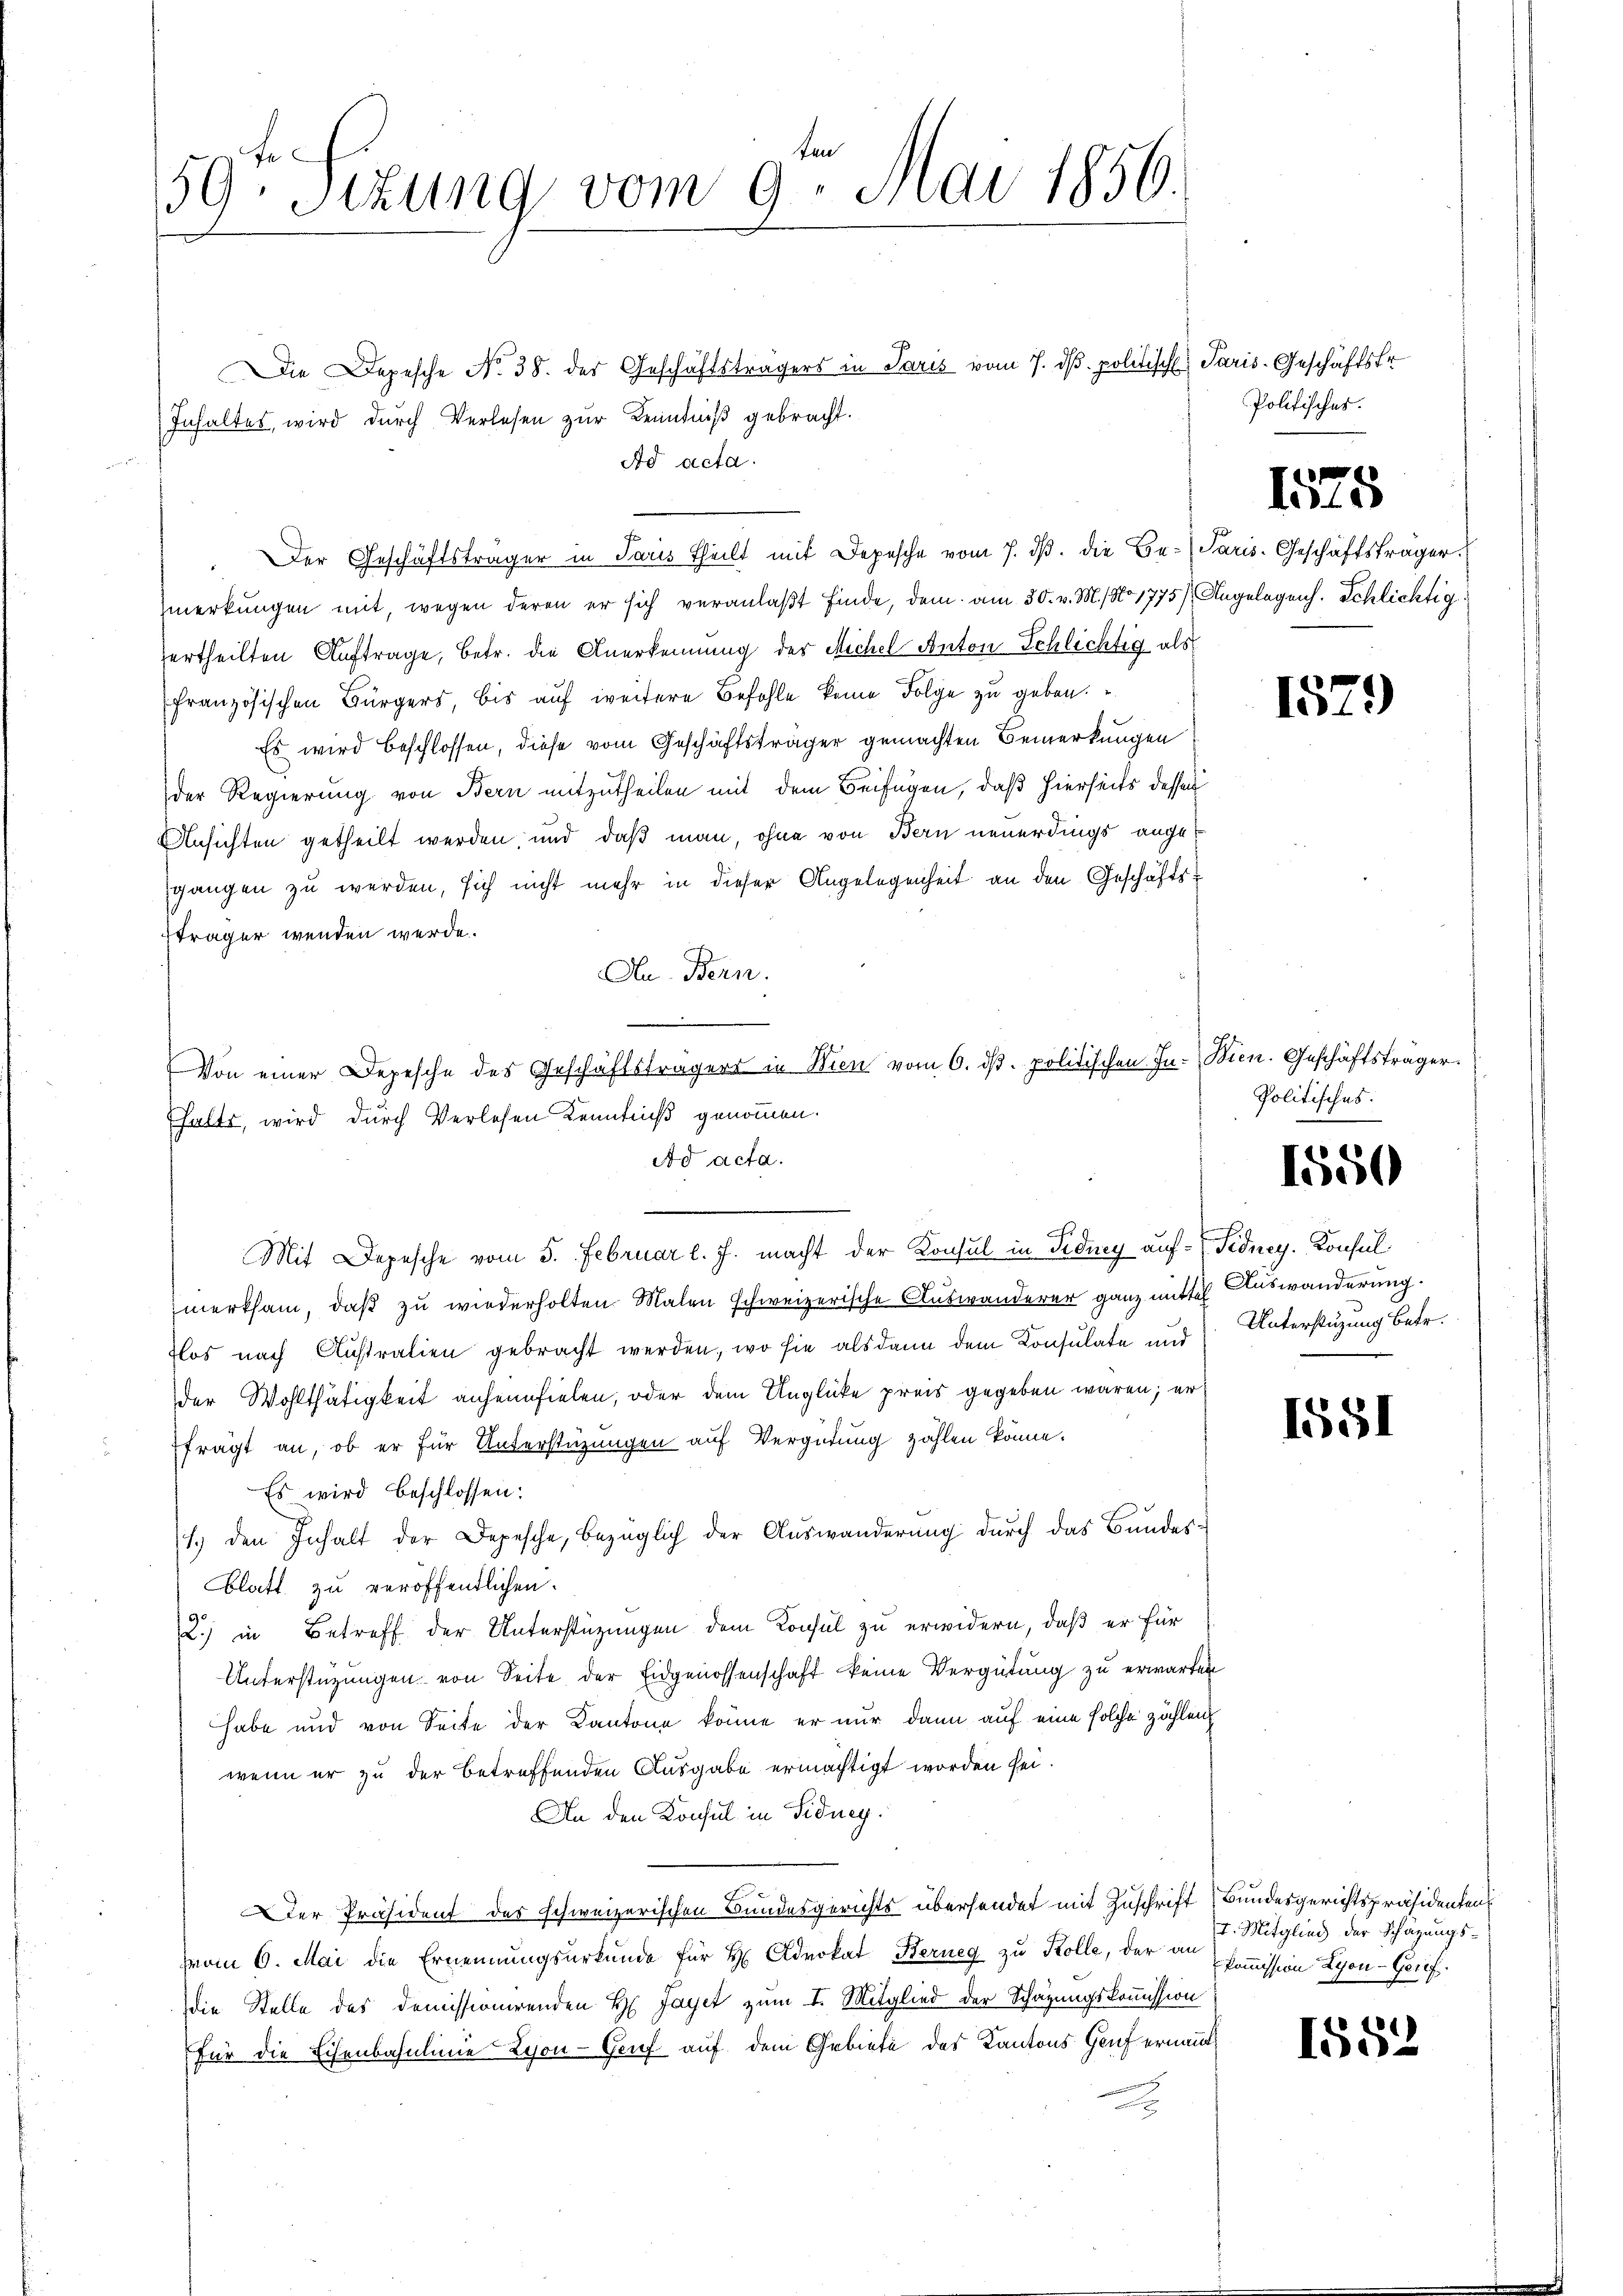
59. Sekung vom 9. Mai 1856.

Die Depesche No 38. des Geschäftsträgers in Paris vom 7. ds. politische Paris-Geschäftsfr.
Inhaltes, wird durch Verlesen zur Kenntniß gebracht.
Ad acta.
merkungen mit, wegen deren er sich veranlaßt finde, dem am 30. v. M. No 1775/ Angelegens. Schlichtig
ertheilten Auftrage, betr. die Anerkennung der Michel Anton Schlichtig als
französischen Bürgers, bis auf weitere Befohle keine Folge zu geben.
Es wird beschlossen, diese vom Geschäftsträger gemachten Bemerkungen
der Regierung von Bern mitzutheilen mit dem Beifügen, daß hierseits dessen
Ansichten getheilt werden, und daß man, ohne von Bern neuerdings angegangen zu werden, sich nicht mehr in dieser Angelegenheit an den Geschäftssträger wenden werde.
Au. Bern.
Ad acta.
Mit Depesche vom 5. Februar l. J. macht der Konsul in Fidney auf Sidney. Konsul
merksam, daß zu wiederholten Malen schweizerische Auswanderer ganz mittel Auswanderung.
flos nach Australien gebracht werden, wo sie alsdann dem Konsulate und Unterstüzung betr.
der Wohlthätigkeit anheimfielen, oder dem Unglücke preis gegeben wären; er
frägt an, ob er für Unterstüzungen auf Vergütung zahlen könne.
Es wird beschlossen:
1.) den Inhalt der Depesche, bezüglich der Auswanderung durch das Bundes¬
Blatt zu veröffentlichen.
2) in Betreff der Unterstüzungen dem Konsul zu erwidern, daß er für
Unterstützungen von Seite der Eidgenossenschaft keine Vergütung zu erwarten
habe und von Seite der Kantone könne er nur dann auf eine solche zählen
wenn er zu der betreffenden Ausgabe ermächtigt worden sei.
An den Konsul in Fiducy.
A
Der Präsident des schweizerischen Bundesgerichts übersendet mit Zuschrift Bundesgerichtspräsidenten
vvom 6. Mai die Ernennungsurkunde für H. Advokat Berneg zu Kolle, der an Commission Lyon-Gerif
die Stelle des Demissionirenden H Jayet zum I. Mitglied der Schazungskommission
für die Eisenbahnlinie Lyon - Genf auf dem Gebiete des Kantons Genf ernannt

Ehalts, wird durch Verlesen Kenntniß genommen.

Der Geschäftsträger in Paris theilt mit Depesche vom 7. dβ. die Be-Paris. Geschäftsträger

Von einer Depesche des Geschäftsträgers in Wien vom 6. dβ. politischen In- Bien. Geschäftsträger

Politisches.

1525

1529)

Politisches.

1550

1551

I. Mitglied der Schazungs¬

1553